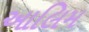
આલિમ